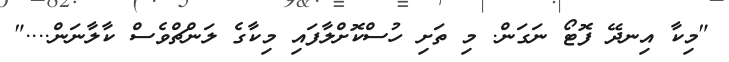
"މިކާ އިނދޭ ފޮޓޯ ނަގަން. މި ތަށި ހުސްކޮށްލާފައި މިކާގެ ލަންޗްވެސް ކާލާނަން...."